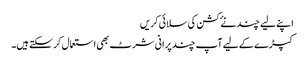
اپنے لیے چند نۓ کشن کی سلائی کریں
کپڑے کے لیے آپ چند پرانی شرٹ بھی استعمال کر سکتے ہیں۔